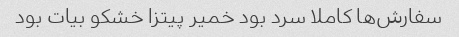
سفارش‌ها کاملا سرد بود خمیر پیتزا خشکو بیات بود